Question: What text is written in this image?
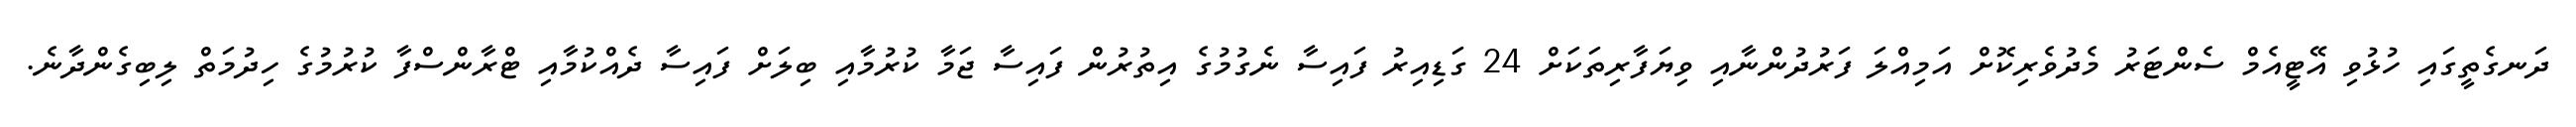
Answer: ދަނގެތީގައި ހުޅުވި އޭޓީއެމް ސެންޓަރު މެދުވެރިކޮށް އަމިއްލަ ފަރުދުންނާއި ވިޔަފާރިތަކަށް 24 ގަޑިއިރު ފައިސާ ނެގުމުގެ އިތުރުން ފައިސާ ޖަމާ ކުރުމާއި ބިލަށް ފައިސާ ދެއްކުމާއި ޓްރާންސްފާ ކުރުމުގެ ހިދުމަތް ލިބިގެންދާނެ.